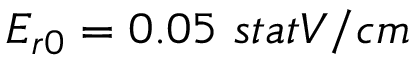
E _ { r 0 } = 0 . 0 5 ~ { s t a t V / c m }